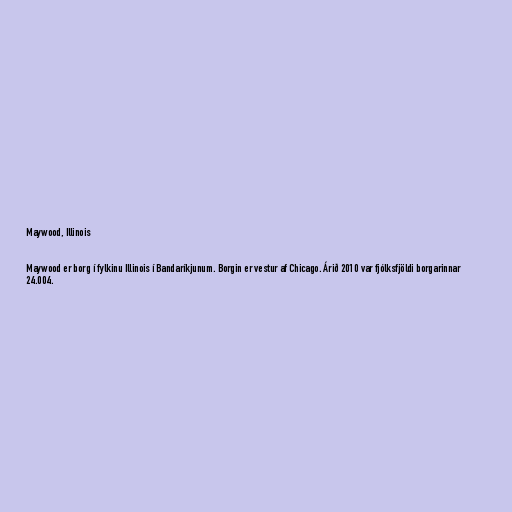
Maywood, Illinois

Maywood er borg í fylkinu Illinois í Bandaríkjunum. Borgin er vestur af Chicago. Árið 2010 var fjólksfjöldi borgarinnar
24.004.